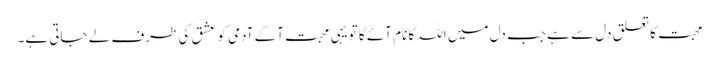
محبت کا تعلق دل سے ہے جب دل میں اللہ کا نام آئے گا تو یہی محبت آگے آدمی کو عشق کی طرف لے جاتی ہے۔